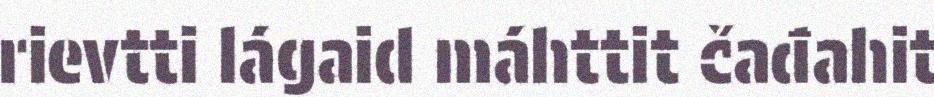
rievtti lágaid máhttit čađahit